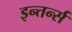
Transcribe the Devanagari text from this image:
इन्तर्न्स